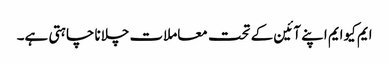
ایم کیوایم اپنے آئین کے تحت معاملات چلانا چاہتی ہے۔